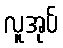
လူအုပ်